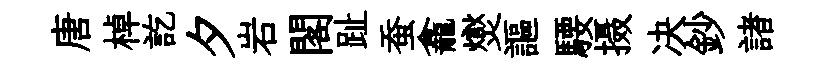
唐棹訖夕岩閣趾蚕龕爕謳騕摄决鈔諸